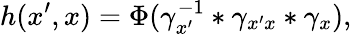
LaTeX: h(x^{\prime},x)=\Phi(\gamma_{x^{\prime}}^{-1}*\gamma_{x^{\prime}x}*\gamma_{x}),